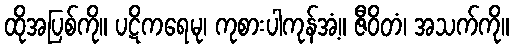
ထိုအပြစ်ကို။ ပဋိကရေမု၊ ကုစားပါကုန်အံ့။ ဇီဝိတံ၊ အသက်ကို။